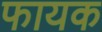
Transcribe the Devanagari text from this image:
फायक